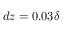
d z = 0 . 0 3 \delta